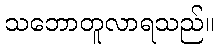
သဘောတူလာရသည်။